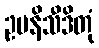
ဥပနိသီဒိတုံ